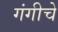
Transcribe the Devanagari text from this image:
गंगीचे